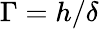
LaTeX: \Gamma=h/\delta